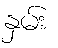
နှမ်း